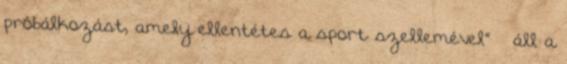
próbálkozást, amely ellentétes a sport szellemével” – áll a